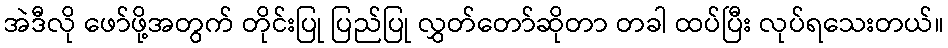
အဲဒီလို ဖော်ဖို့အတွက် တိုင်းပြု ပြည်ပြု လွှတ်တော်ဆိုတာ တခါ ထပ်ပြီး လုပ်ရသေးတယ်။